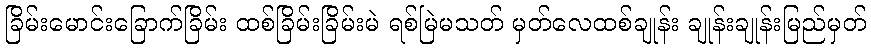
ခြိမ်းမောင်းခြောက်ခြိမ်း ထစ်ခြိမ်းခြိမ်းမဲ ရစ်မြဲမသတ် မှတ်လေထစ်ချုန်း ချုန်းချုန်းမြည်မှတ်